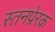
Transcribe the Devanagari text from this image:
स्तनप्रेरक